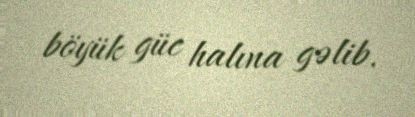
böyük güc halına gəlib.